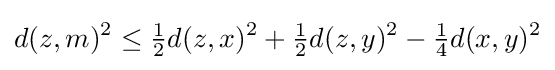
d(z,m)^{2}\leq {\tfrac {1}{2}}d(z,x)^{2}+{\tfrac {1}{2}}d(z,y)^{2}-{\tfrac {1}{4}}d(x,y)^{2}